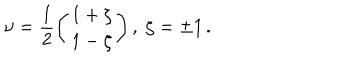
\upsilon = \frac { 1 } { 2 } \left( \begin{array} { c } { { 1 + \zeta } } \\ { { 1 - \zeta } } \\ \end{array} \right) , \; \zeta = \pm 1 \, .